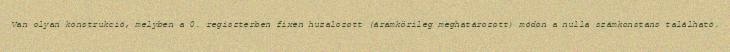
Van olyan konstrukció, melyben a 0. regiszterben fixen huzalozott (áramkörileg meghatározott) módon a nulla számkonstans található.